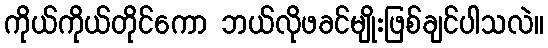
ကိုယ်ကိုယ်တိုင်ကော ဘယ်လိုဖခင်မျိုးဖြစ်ချင်ပါသလဲ။